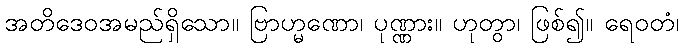
အတိဒေဝအမည်ရှိသော။ ဗြာဟ္မဏော၊ ပုဏ္ဏား။ ဟုတွာ၊ ဖြစ်၍။ ရေဝတံ၊